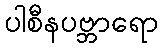
ပါစီနပဗ္ဘာရော